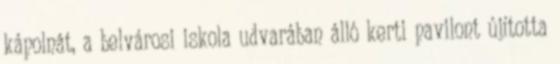
kápolnát, a belvárosi iskola udvarában álló kerti pavilont újította